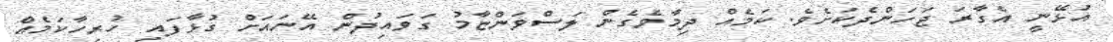
އުޅޭނީ އެގާރަ ޖަހަންދެކަށެވެ. ކަމެއް ދިމާވެގެން ލަސްވަންޏާމު ގަވައިދުން އޭނައަށް ގުޅާފައި ހުރިހާކަމެއް